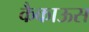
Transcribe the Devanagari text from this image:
कैकाऊस